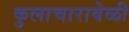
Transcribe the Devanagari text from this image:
कुलाचारावेळी